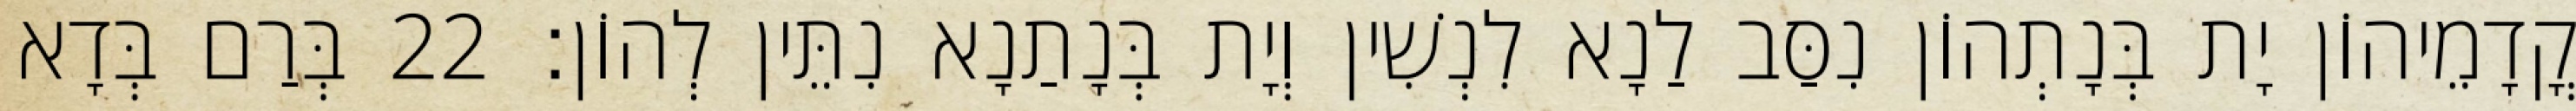
קֳדָמֵיהוֹן יָת בְּנָתְהוֹן נִסַּב לַנָא לִנְשִׁין וְיָת בְּנָתַנָא נִתֵּין לְהוֹן׃ 22 בְּרַם בְּדָא